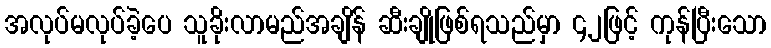
အလုပ်မလုပ်ခဲ့ပေ သူခိုးလာမည်အချိန် ဆီးချိုဖြစ်ရသည်မှာ ၄၂ဖြင့် ကုန်ပြီးသော